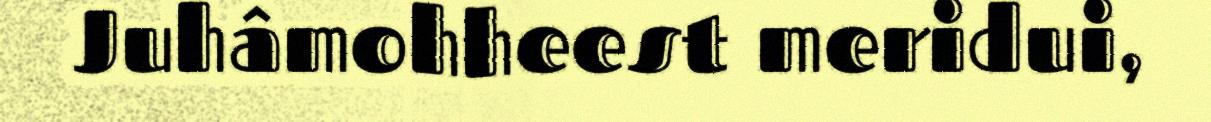
Juhâmohheest meridui,